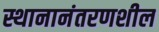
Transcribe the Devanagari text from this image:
स्थानानंतरणशील